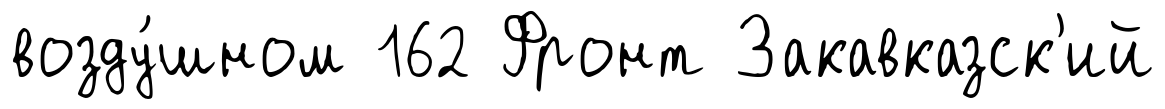
возду́шном 162 Фронт Закавказск'ий